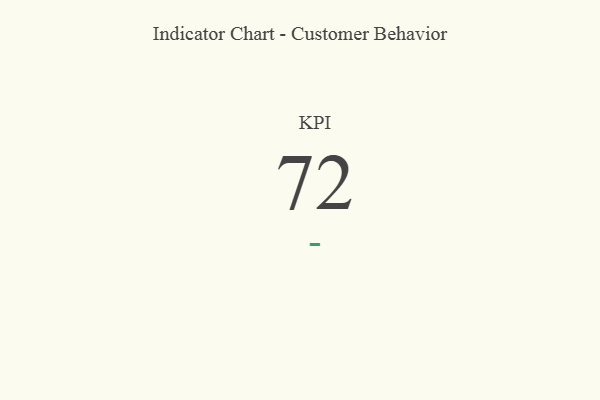
{"axis": {"x": "KPI", "y": "Value"}, "legend": [""], "data": [{"x": "KPI", "y": 72, "type": ""}]}